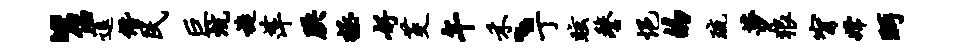
“侣逗僭民巨炕旋萍腆拯好茭午禾、丁眩鏊悒的琉莎狼甯嫦眄